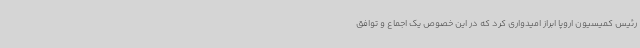
رئیس کمیسیون اروپا ابراز امیدواری کرد که در این خصوص یک اجماع و توافق